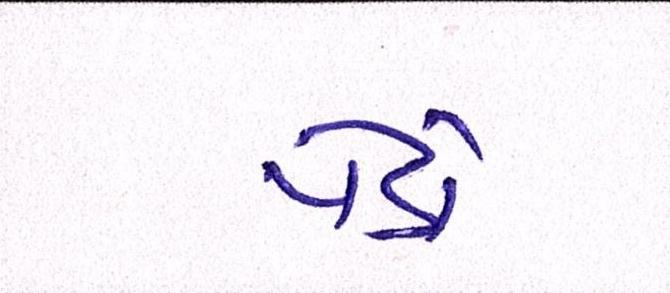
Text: પેંડો